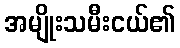
အမျိုးသမီးငယ်၏